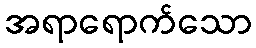
အရာရောက်သော